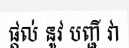
ផ្តល់ នូវ បញ្ជី វា